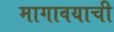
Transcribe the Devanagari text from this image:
मागावयाची